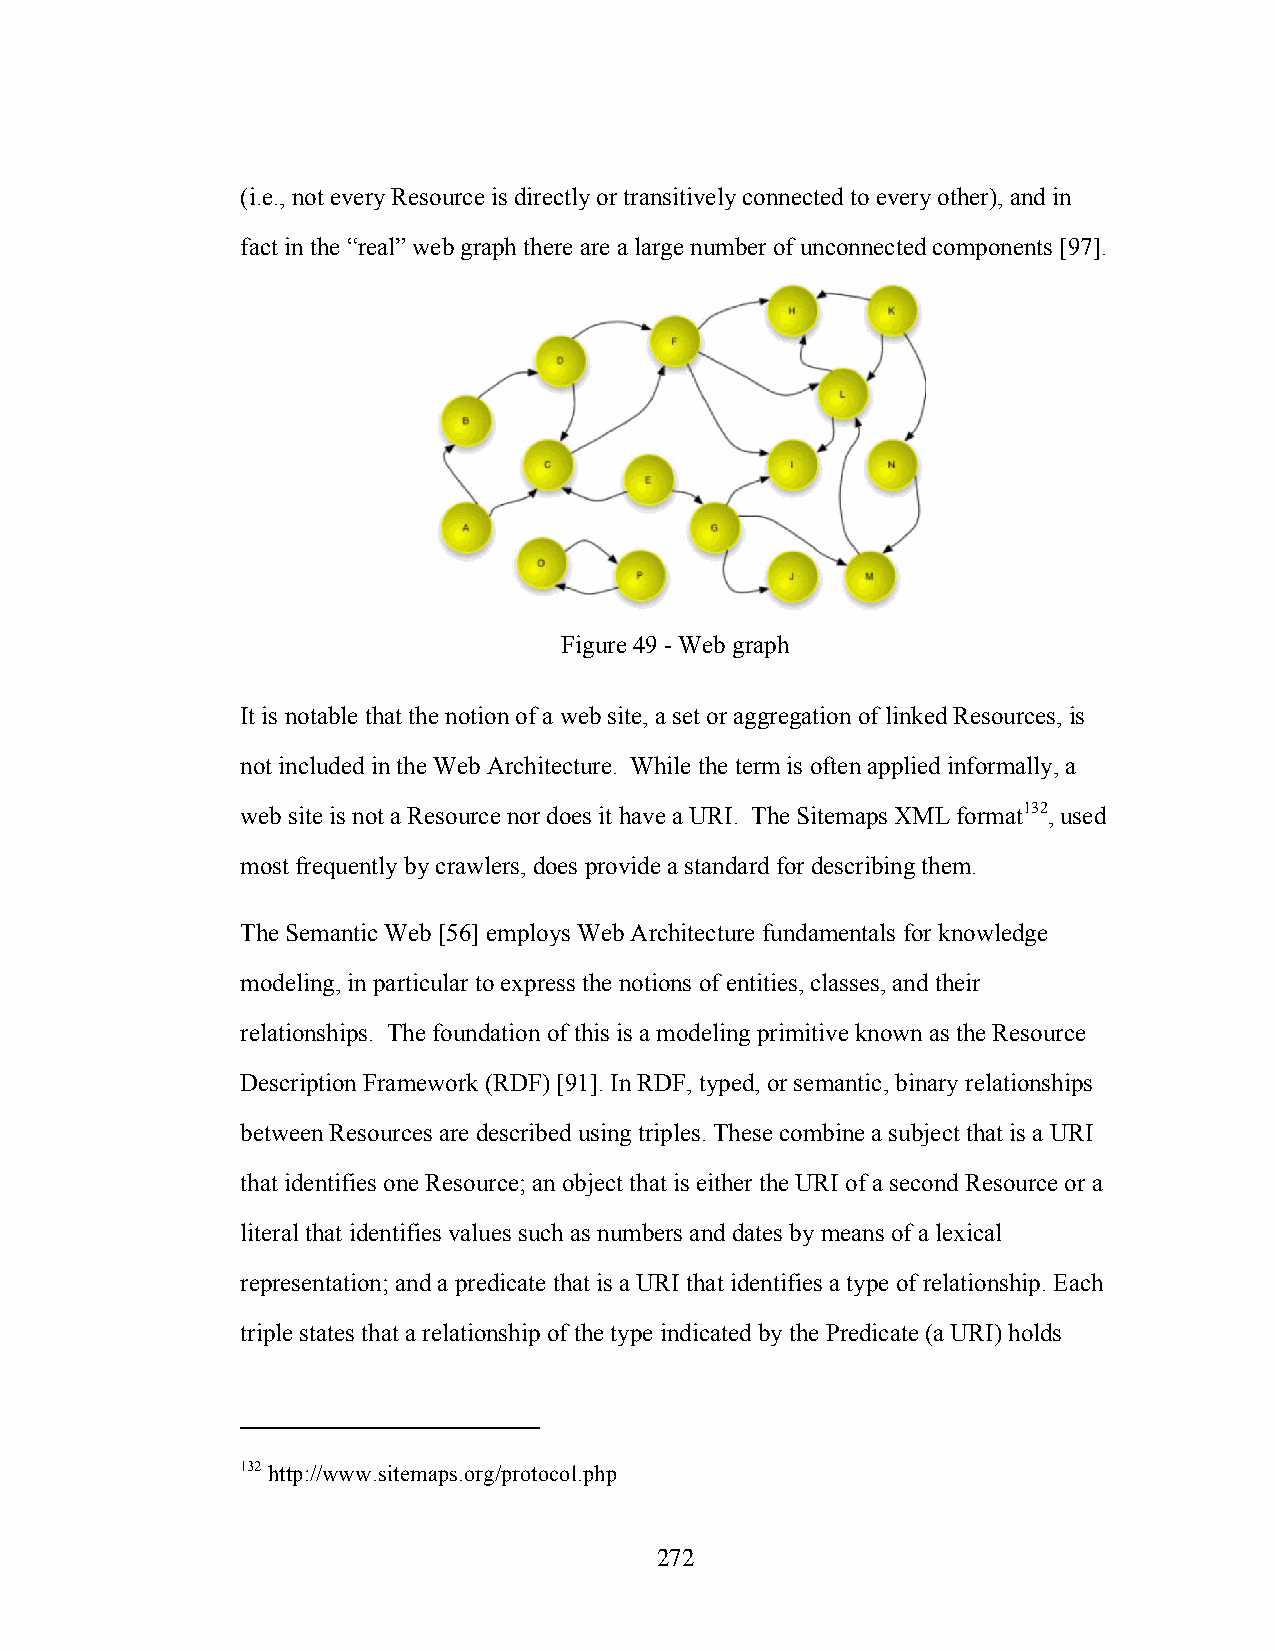
(i.e., not every Resource is directly or transitively connected to every other), and in
 fact in the “real” web graph there are a large number of unconnected components [97].
 Figure 49 - Web graph
 It is notable that the notion of a web site, a set or aggregation of linked Resources, is
 not included in the Web Architecture. While the term is often applied informally, a
 web site is not a Resource nor does it have a URI. The Sitemaps XML format132, used
 most frequently by crawlers, does provide a standard for describing them.
 The Semantic Web [56] employs Web Architecture fundamentals for knowledge
 modeling, in particular to express the notions of entities, classes, and their
 relationships. The foundation of this is a modeling primitive known as the Resource
 Description Framework (RDF) [91]. In RDF, typed, or semantic, binary relationships
 between Resources are described using triples. These combine a subject that is a URI
 that identifies one Resource; an object that is either the URI of a second Resource or a
 literal that identifies values such as numbers and dates by means of a lexical
 representation; and a predicate that is a URI that identifies a type of relationship. Each
 triple states that a relationship of the type indicated by the Predicate (a URI) holds
 132 http://www.sitemaps.org/protocol.php
 272